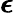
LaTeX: \boldsymbol{\epsilon}